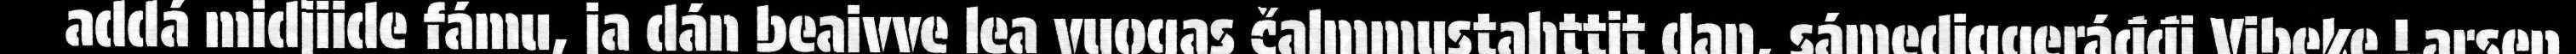
addá midjiide fámu, ja dán beaivve lea vuogas čalmmustahttit dan, sámediggeráđđi Vibeke Larsen